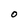
Character: 0